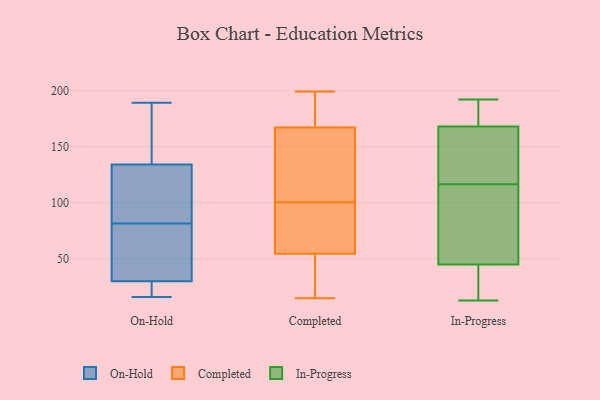
{"axis": {"x": "Backlog", "y": "Value"}, "legend": ["Completed", "In-Progress", "On-Hold"], "data": [{"x": "", "y": 136, "type": "On-Hold"}, {"x": "", "y": 189, "type": "On-Hold"}, {"x": "", "y": 16, "type": "On-Hold"}, {"x": "", "y": 33, "type": "On-Hold"}, {"x": "", "y": 85, "type": "On-Hold"}, {"x": "", "y": 96, "type": "On-Hold"}, {"x": "", "y": 78, "type": "On-Hold"}, {"x": "", "y": 60, "type": "On-Hold"}, {"x": "", "y": 16, "type": "On-Hold"}, {"x": "", "y": 128, "type": "On-Hold"}, {"x": "", "y": 16, "type": "On-Hold"}, {"x": "", "y": 33, "type": "On-Hold"}, {"x": "", "y": 141, "type": "On-Hold"}, {"x": "", "y": 132, "type": "On-Hold"}, {"x": "", "y": 27, "type": "On-Hold"}, {"x": "", "y": 159, "type": "On-Hold"}, {"x": "", "y": 51, "type": "Completed"}, {"x": "", "y": 58, "type": "Completed"}, {"x": "", "y": 103, "type": "Completed"}, {"x": "", "y": 118, "type": "Completed"}, {"x": "", "y": 15, "type": "Completed"}, {"x": "", "y": 165, "type": "Completed"}, {"x": "", "y": 199, "type": "Completed"}, {"x": "", "y": 77, "type": "Completed"}, {"x": "", "y": 23, "type": "Completed"}, {"x": "", "y": 98, "type": "Completed"}, {"x": "", "y": 179, "type": "Completed"}, {"x": "", "y": 169, "type": "Completed"}, {"x": "", "y": 145, "type": "In-Progress"}, {"x": "", "y": 189, "type": "In-Progress"}, {"x": "", "y": 168, "type": "In-Progress"}, {"x": "", "y": 178, "type": "In-Progress"}, {"x": "", "y": 164, "type": "In-Progress"}, {"x": "", "y": 57, "type": "In-Progress"}, {"x": "", "y": 17, "type": "In-Progress"}, {"x": "", "y": 77, "type": "In-Progress"}, {"x": "", "y": 116, "type": "In-Progress"}, {"x": "", "y": 155, "type": "In-Progress"}, {"x": "", "y": 98, "type": "In-Progress"}, {"x": "", "y": 171, "type": "In-Progress"}, {"x": "", "y": 117, "type": "In-Progress"}, {"x": "", "y": 19, "type": "In-Progress"}, {"x": "", "y": 33, "type": "In-Progress"}, {"x": "", "y": 45, "type": "In-Progress"}, {"x": "", "y": 13, "type": "In-Progress"}, {"x": "", "y": 192, "type": "In-Progress"}]}